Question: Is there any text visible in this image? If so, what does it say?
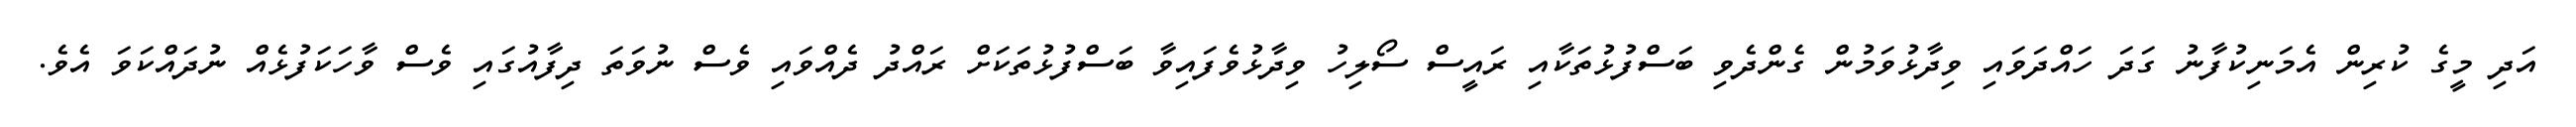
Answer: އަދި މީގެ ކުރިން އެމަނިކުފާނު ގަދަ ހައްދަވައި ވިދާޅުވަމުން ގެންދެވި ބަސްފުޅުތަކާއި ރައީސް ސޯލިހު ވިދާޅުވެފައިވާ ބަސްފުޅުތަކަށް ރައްދު ދެއްވައި ވެސް ނުވަތަ ދިފާއުގައި ވެސް ވާހަކަފުޅެއް ނުދައްކަވަ އެވެ.